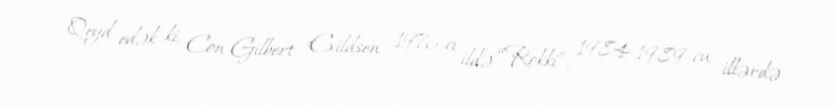
Qeyd edək ki, Con Gilbert Evildsen 1976-cı ildə “Rokki”, 1984-1989-cu illərdə